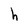
Character: h